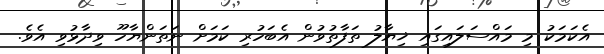
އެކަމަކު މި މައްސަލައިގައި ޚިޔާލު ތަފާތުވުން އެބަހުރި ކަމަށް ނަތަންޔާހޫ ވިދާޅުވި އެވެ.